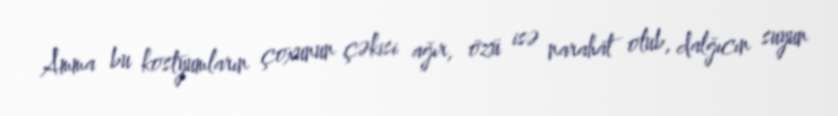
Amma bu kostyumların çoxunun çəkisi ağır, özü isə narahat olub, dalğıcın suyun